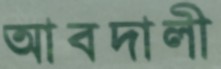
আবদালী